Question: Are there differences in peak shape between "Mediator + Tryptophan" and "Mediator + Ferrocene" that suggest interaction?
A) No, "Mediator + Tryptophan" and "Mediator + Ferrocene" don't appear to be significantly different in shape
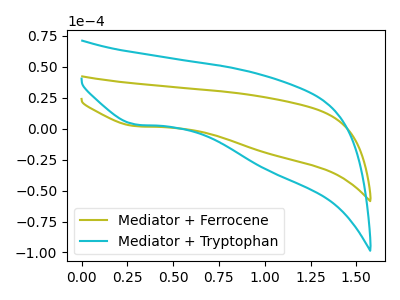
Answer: <think>The olive curve "Mediator + Ferrocene" has a cathodic peak at: (0.30V, 1.95uA). The cyan curve "Mediator + Tryptophan" has a cathodic peak at: (0.30V, 3.25uA).
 All the peaks in "Mediator + Tryptophan" have a peak in "Mediator + Ferrocene" at the same potential. Every peak in "Mediator + Tryptophan" is lower than every peak in "Mediator + Ferrocene".</think>
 <answer>A) No, "Mediator + Tryptophan" and "Mediator + Ferrocene" don't appear to be significantly different in shape</answer>
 <eval>A</eval>